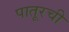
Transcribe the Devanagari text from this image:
पातूरची